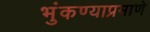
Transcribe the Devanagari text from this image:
भुंकण्याप्रमाणे